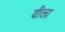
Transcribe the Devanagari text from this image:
यीला